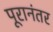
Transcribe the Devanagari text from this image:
पूरानंतर